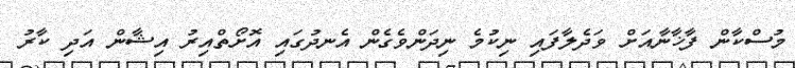
މުސްކާން ފާޚާނާއަށް ވަދެލާފައި ނިކުމެ ނިދަންވެގެން އެނދުގައި އޮށޯތްއިރު އިޝާން އަދި ކާރު